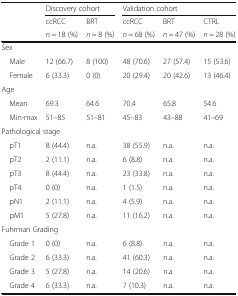
<table><thead><tr><td rowspan="3"></td><td colspan="2"><b>Discovery cohort</b></td><td colspan="3"><b>Validation cohort</b></td></tr><tr><td><b>ccRCC</b></td><td><b>BRT</b></td><td><b>ccRCC</b></td><td><b>BRT</b></td><td><b>CTRL</b></td></tr><tr><td><b><i>n</i> = 18 (%)</b></td><td><b><i>n</i> = 8 (%)</b></td><td><b><i>n</i> = 68 (%)</b></td><td><b><i>n</i> = 47 (%)</b></td><td><b><i>n</i> = 28 (%)</b></td></tr></thead><tbody><tr><td colspan="6">Sex</td></tr><tr><td> Male</td><td>12 (66.7)</td><td>8 (100)</td><td>48 (70.6)</td><td>27 (57.4)</td><td>15 (53.6)</td></tr><tr><td> Female</td><td>6 (33.3)</td><td>0 (0)</td><td>20 (29.4)</td><td>20 (42.6)</td><td>13 (46.4)</td></tr><tr><td colspan="6">Age</td></tr><tr><td> Mean</td><td>69.3</td><td>64.6</td><td>70.4</td><td>65.8</td><td>54.6</td></tr><tr><td> Min-max</td><td>51–85</td><td>51–81</td><td>45–83</td><td>43–88</td><td>41–69</td></tr><tr><td colspan="6">Pathological stage</td></tr><tr><td> pT1</td><td>8 (44.4)</td><td>n.a.</td><td>38 (55.9)</td><td>n.a.</td><td>n.a.</td></tr><tr><td> pT2</td><td>2 (11.1)</td><td>n.a.</td><td>6 (8.8)</td><td>n.a.</td><td>n.a.</td></tr><tr><td> pT3</td><td>8 (44.4)</td><td>n.a.</td><td>23 (33.8)</td><td>n.a.</td><td>n.a.</td></tr><tr><td> pT4</td><td>0 (0)</td><td>n.a.</td><td>1 (1.5)</td><td>n.a.</td><td>n.a.</td></tr><tr><td> pN1</td><td>2 (11.1)</td><td>n.a.</td><td>4 (5.9)</td><td>n.a.</td><td>n.a.</td></tr><tr><td> pM1</td><td>5 (27.8)</td><td>n.a.</td><td>11 (16.2)</td><td>n.a.</td><td>n.a.</td></tr><tr><td colspan="6">Fuhrman Grading</td></tr><tr><td> Grade 1</td><td>0 (0)</td><td>n.a.</td><td>6 (8.8)</td><td>n.a.</td><td>n.a.</td></tr><tr><td> Grade 2</td><td>6 (33.3)</td><td>n.a.</td><td>41 (60.3)</td><td>n.a.</td><td>n.a.</td></tr><tr><td> Grade 3</td><td>5 (27.8)</td><td>n.a.</td><td>14 (20.6)</td><td>n.a.</td><td>n.a.</td></tr><tr><td> Grade 4</td><td>6 (33.3)</td><td>n.a.</td><td>7 (10.3)</td><td>n.a.</td><td>n.a.</td></tr></tbody></table>